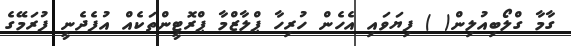
ގާމާ ގްލޯބިއުލިން( ) ފިޔަވައި އެހެން ހުރިހާ ޕްލާޒްމާ ޕްރޮޓީންތަކެއް އުފެދެނީ ފުރަމޭގެ